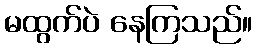
မထွက်ပဲ နေကြသည်။